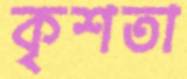
কৃশতা